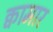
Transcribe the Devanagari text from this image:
क्वामार